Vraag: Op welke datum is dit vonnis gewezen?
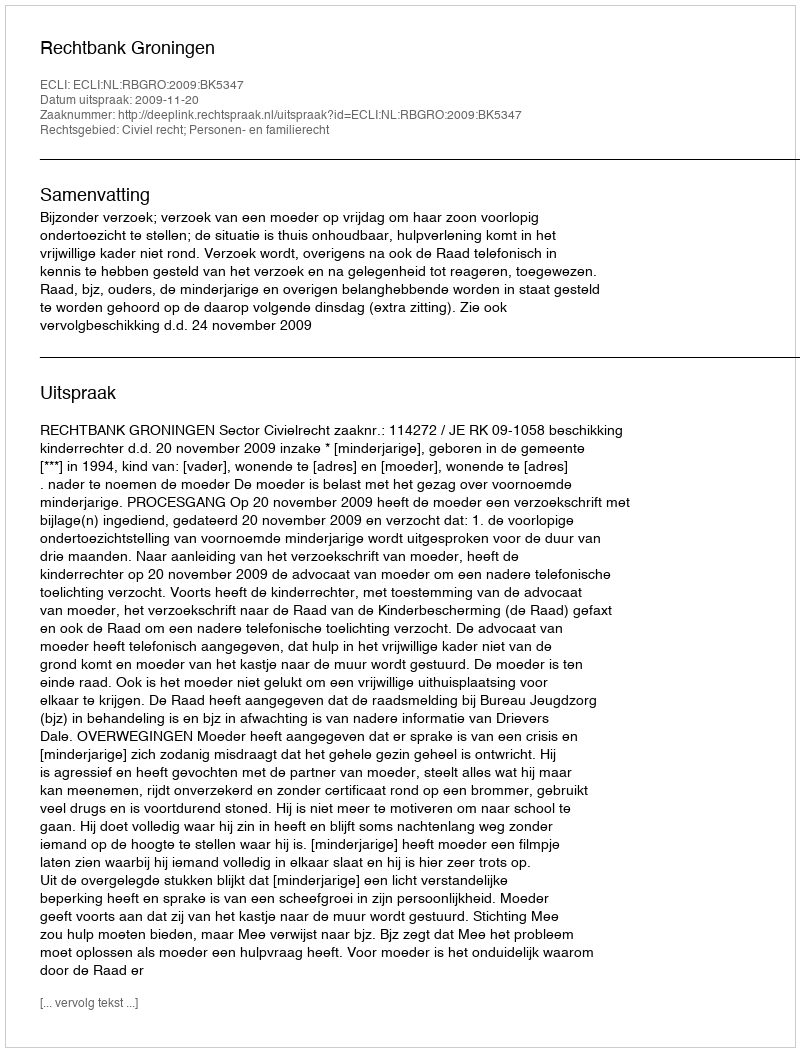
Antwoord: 2009-11-20